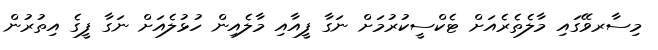
މިސާރވޭގައި މާލެތެރެއަށް ޓެކްސީކުރުމަށް ނަގާ ފީއާއި މާލެއިން ހުޅުލެއަށް ނަގާ ފީގެ އިތުރުން